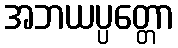
အဘယပ္ပတ္တော